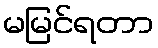
မမြင်ရတာ